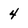
Character: 4